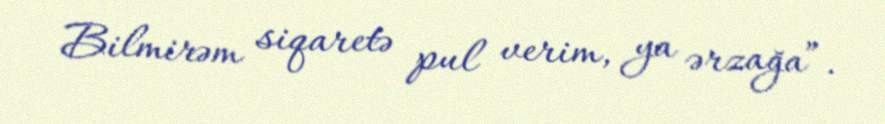
Bilmirəm siqaretə pul verim, ya ərzağa”.